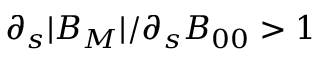
\partial _ { s } | B _ { M } | / \partial _ { s } B _ { 0 0 } > 1